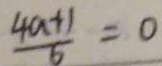
\frac { 4 a + 1 } { 6 } = 0